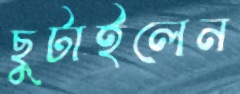
ছুটাইলেন